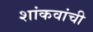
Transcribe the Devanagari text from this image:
शांकवांची